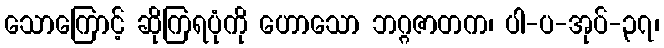
သောကြောင့် ဆိုကြရပုံကို ဟောသော ဘဂ္ဂဇာတက၊ ပါ-ပ-အုပ်-၃၇၊